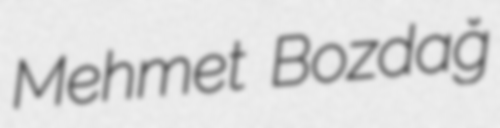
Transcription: Mehmet Bozdağ